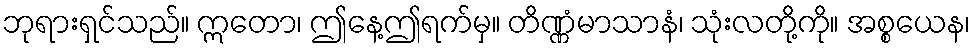
ဘုရားရှင်သည်။ ဣတော၊ ဤနေ့ဤရက်မှ။ တိဏ္ဏံမာသာနံ၊ သုံးလတို့ကို။ အစ္စယေန၊